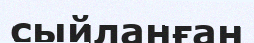
сыйланған